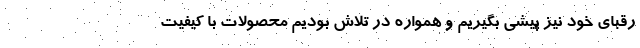
رقبای خود نیز پیشی بگیریم و همواره در تلاش بودیم محصولات با کیفیت